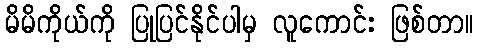
မိမိကိုယ်ကို ပြုပြင်နိုင်ပါမှ လူကောင်း ဖြစ်တာ။